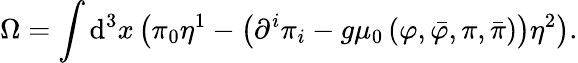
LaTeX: \Omega=\int\mathrm{d}^{3}x\left(\pi_{0}\eta^{1}-\left(\partial^{i}\pi_{i}-g\mu_{0}\left(\varphi,\bar{\varphi},\pi,\bar{\pi}\right)\right)\eta^{2}\right).